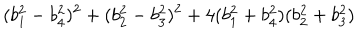
( b _ { 1 } ^ { 2 } - b _ { 4 } ^ { 2 } ) ^ { 2 } + ( b _ { 2 } ^ { 2 } - b _ { 3 } ^ { 2 } ) ^ { 2 } + 4 ( b _ { 1 } ^ { 2 } + b _ { 4 } ^ { 2 } ) ( b _ { 2 } ^ { 2 } + b _ { 3 } ^ { 2 } )